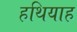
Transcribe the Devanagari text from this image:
हथियाह